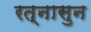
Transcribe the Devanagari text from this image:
रत्‍नासुन